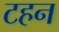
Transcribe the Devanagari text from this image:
टहन